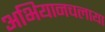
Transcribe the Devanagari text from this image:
अभियानचलाया